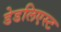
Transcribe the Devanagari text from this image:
डेडलिएस्ट